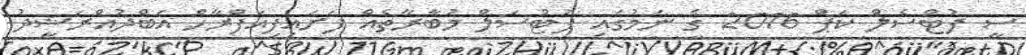
ސީ ފުޓްސެލް ކަޕް 2016 ގެ ނަމުގައި ފުޓްސަލް މުބާރާތެއްް ފަށައިފިއަފްރާހް އަބްދުއްްރަޝީދު